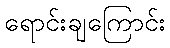
ရောင်းချကြောင်း